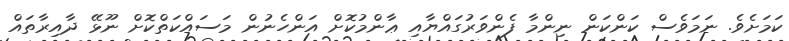
ކަމަށެވެ. ނަމަވެސް ކަންކަން ނިންމާ ފެންވަރުގައްޔާއި ޢާންމުކޮށް އަންހެނުން މަސައްކަތްކޮށް ނޫޅޭ ދާއިރާތައް